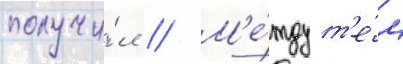
получи́л // М'е́жду т'е́м